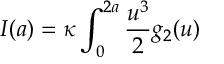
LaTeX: I ( a ) = \kappa \int _ { 0 } ^ { 2 a } { \frac { u ^ { 3 } } { 2 } } g _ { 2 } ( u )